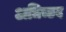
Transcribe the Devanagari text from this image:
अधिच्छद